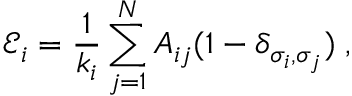
\mathcal { E } _ { i } = \frac { 1 } { k _ { i } } \sum _ { j = 1 } ^ { N } A _ { i j } ( 1 - \delta _ { \sigma _ { i } , \sigma _ { j } } ) \; ,